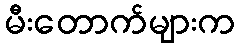
မီးတောက်များက